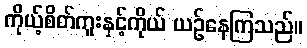
ကိုယ့်စိတ်ကူးနှင့်ကိုယ် ယဉ်နေကြသည်။